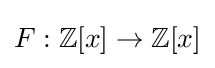
F:{\mathbb {Z} }[x]\rightarrow {\mathbb {Z} }[x]